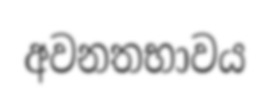
අවනතභාවය